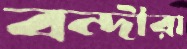
বন্দীরা